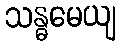
သန္ဓမေယျ